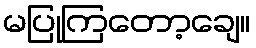
မပြုကြတော့ချေ။